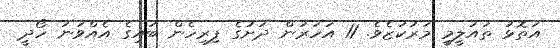
އަތޮޅު ތައުލީމީ މަރުކަޒެވެ. 11 އަހަރުން ދަށުގެ ފިރިހެން ބައިގެ އެއްވަނަ ހޯދީ